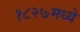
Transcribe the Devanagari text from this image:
१८२७मध्ये